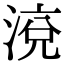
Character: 渷